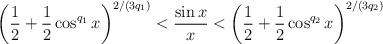
LaTeX: \begin{align*}\left( \frac{1}{2}+\frac{1}{2}\cos ^{q_{1}}x\right) ^{2/\left( 3q_{1}\right)}<\frac{\sin x}{x}<\left( \frac{1}{2}+\frac{1}{2}\cos ^{q_{2}}x\right)^{2/\left( 3q_{2}\right) } \end{align*}